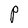
Character: P